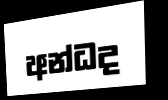
අන්ධද